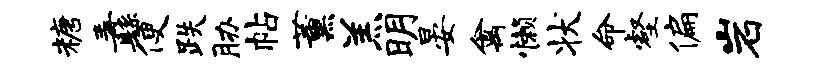
糖纛便跌胁帖薰羔明晏禽懒状命壑偏岩